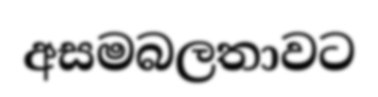
අසමබලතාවට